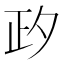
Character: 𣥛